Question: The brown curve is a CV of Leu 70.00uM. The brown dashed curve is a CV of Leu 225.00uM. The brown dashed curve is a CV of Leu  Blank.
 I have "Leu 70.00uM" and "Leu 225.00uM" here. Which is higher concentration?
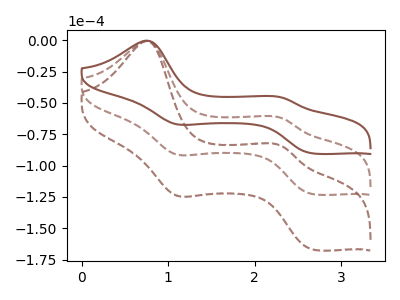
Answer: <think>The brown curve "Leu 70.00uM" has anodic peaks at (0.75V, -0.25uA) (2.30V, -45.65uA) and cathodic peaks at (1.10V, -66.90uA) (2.65V, -90.25uA). The brown dashed curve "Leu 225.00uM" has anodic peaks at (0.75V, -0.35uA) (2.30V, -62.10uA) and cathodic peaks at (1.10V, -91.00uA) (2.65V, -122.80uA). The brown dashed curve "Leu  Blank" has anodic peaks at (0.75V, -0.70uA) (2.30V, -124.20uA) and cathodic peaks at (1.10V, -182.00uA) (2.65V, -245.55uA).
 All the peaks in "Leu 70.00uM" have a peak in "Leu 225.00uM" at the same potential.</think>
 <answer>I cant tell if "Leu 70.00uM" or "Leu 225.00uM" has higher concentration.</answer>
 <eval>mixed_concentration</eval>